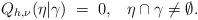
LaTeX: \begin{align*}Q_{h,\nu}(\eta |\gamma)\;=\;0, \;\;\;\eta\cap\gamma\neq\emptyset.\end{align*}